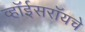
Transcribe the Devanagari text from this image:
व्हॉईसरॉयचे